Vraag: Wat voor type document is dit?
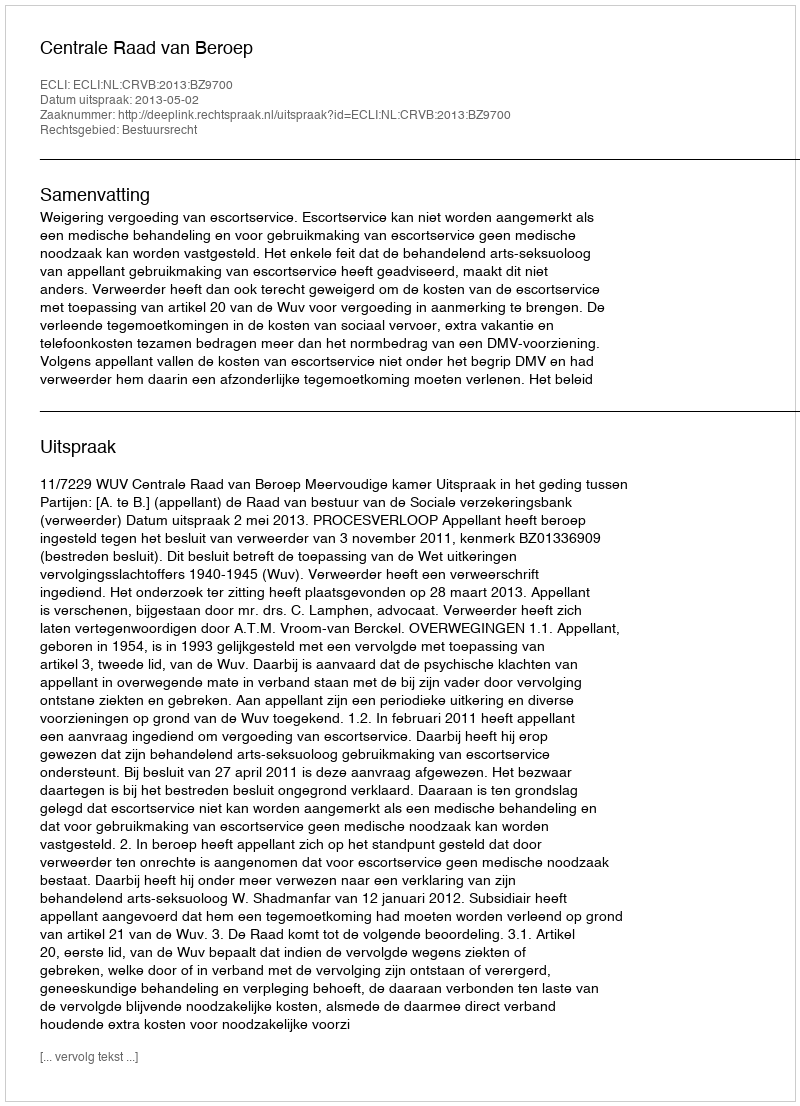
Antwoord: Uitspraak